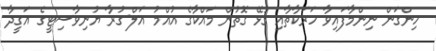
ހިންގަން ނިންމާފައިވާ ހަރަކާތާއި ގުޅޭ ގޮތުން މައްކާގެ އުއްމު އަލް-ގުރާ ޔުނިވާސިޓީގެ އަގީދާ